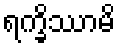
ရက္ခိဿာမိ